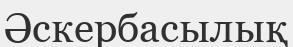
Әскербасылық